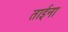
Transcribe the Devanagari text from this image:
ताईना